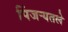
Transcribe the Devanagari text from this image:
पिंजर्‍यतले